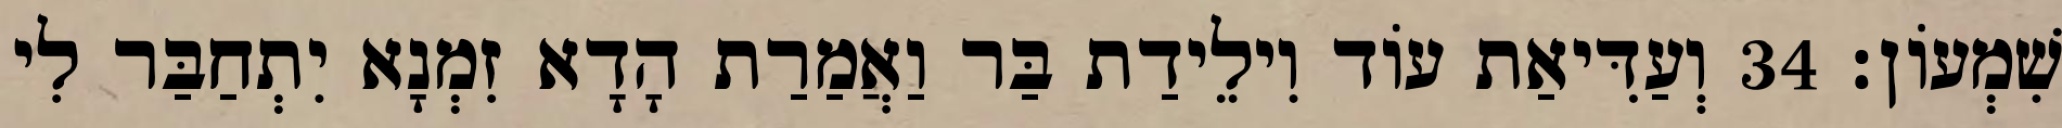
שִׁמְעוֹן׃ 34 וְעַדִּיאַת עוֹד וִילֵידַת בַּר וַאֲמַרַת הָדָא זִמְנָא יִתְחַבַּר לִי